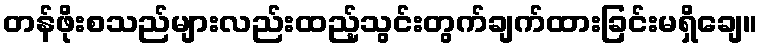
တန်ဖိုးစသည်များလည်းထည့်သွင်းတွက်ချက်ထားခြင်းမရှိချေ။